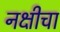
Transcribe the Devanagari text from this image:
नक्षीचा